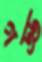
গড্ড